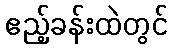
ဧည့်ခန်းထဲတွင်